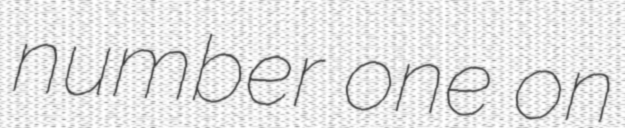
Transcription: number one on